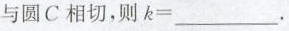
与圆C相切，则$$k =$$___.